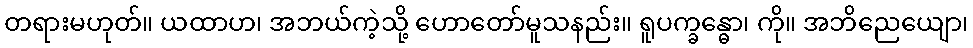
တရားမဟုတ်။ ယထာဟ၊ အဘယ်ကဲ့သို့ ဟောတော်မူသနည်း။ ရူပက္ခန္ဓော၊ ကို။ အဘိညေယျော၊